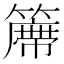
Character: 𱸩